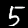
Digit: 5